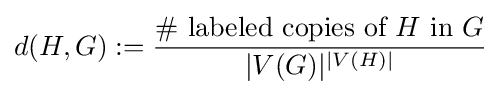
d(H,G):={\frac {\#{\text{ labeled copies of }}H{\text{ in }}G}{|V(G)|^{|V(H)|}}}